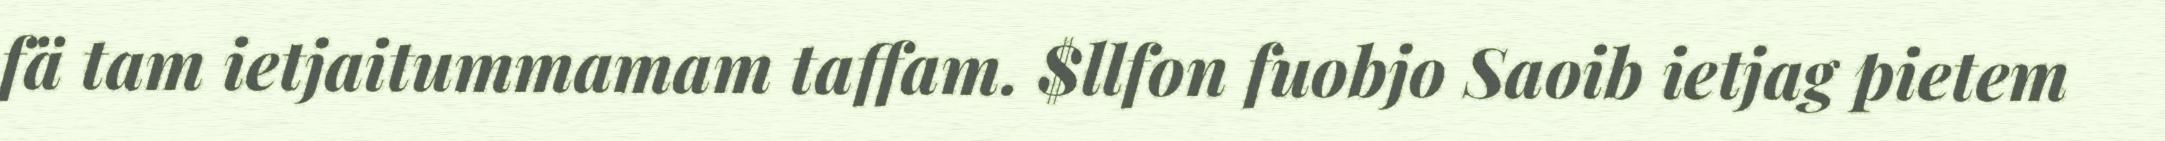
fä tam ietjaitummamam taffam. $llfon fuobjo Saoib ietjag pietem